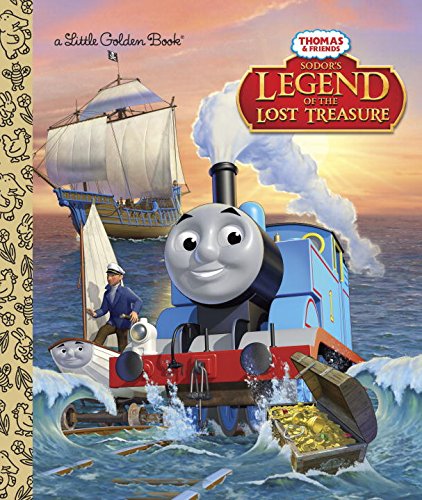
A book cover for Sodor's Legend of the Lost Treasure (Thomas & Friends) (Little Golden Book); Rev. W. Awdry; Children's Books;